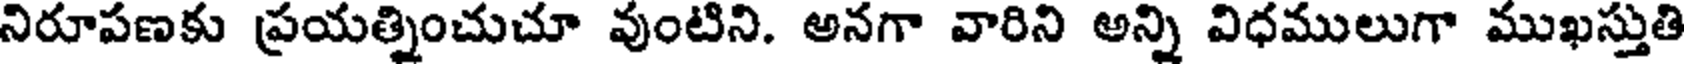
నిరూపణకు ప్రయత్నించుచూ వుంటిని. అనగా వారిని అన్ని విధములుగా ముఖస్తుతి